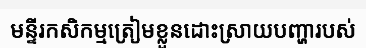
មន្ទីរកសិកម្មត្រៀមខ្លួនដោះស្រាយបញ្ហារបស់